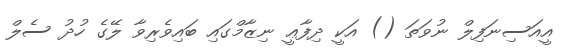
އީއަސިނަފިލް ނުވަތަ () އަކީ ދިފާޢީ ނިޒާމްގައި ބައިވެރިވާ ލޭގެ ހުދު ސެލް